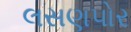
લસણપોર